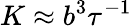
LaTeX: K\approx b^{3}\tau^{-1}